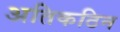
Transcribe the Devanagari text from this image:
अतिकठिन